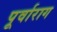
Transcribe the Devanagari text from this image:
पूर्वाराग